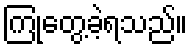
ကြုံတွေ့ခဲ့ရသည်။